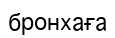
бронхаға